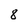
Character: 8